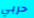
حربي